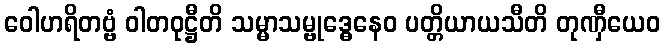
ဝေါဟရိတဗ္ဗံ ဝါတဝုဋ္ဌီတိ သမ္မာသမ္ဗုဒ္ဓေနေဝ ပတ္တိယာယသီတိ တုဏှီယေဝ